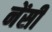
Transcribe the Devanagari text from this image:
नेंसी